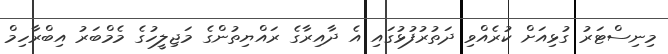
މިނިސްޓަރު ގުޅިއަށް ކުރެއްވި ދަތުރުފުޅުގައި އެ ދާއިރާގެ ރައްޔިތުންގެ މަޖިލީހުގެ މެމްބަރު އިބްރާހިމް